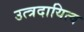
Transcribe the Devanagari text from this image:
उत्त्रदायित्व